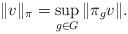
LaTeX: \begin{align*}\Vert v\Vert_\pi=\sup_{g\in G } \Vert \pi_g v\Vert.\end{align*}